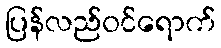
ပြန်လည်ဝင်ရောက်